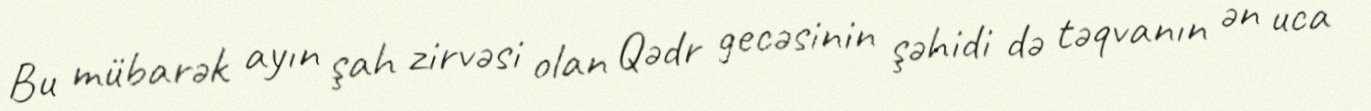
Bu mübarək ayın şah zirvəsi olan Qədr gecəsinin şəhidi də təqvanın ən uca